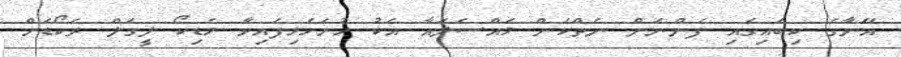
އޭނާގެ ކިބައިގައި ފެންނަން ނެތްކަން މައްސަލައާ އެކު ހުށަހެޅިފައިވާ މެޑިކޯ ލީގަލް ރެކޯޑަށް